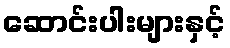
ဆောင်းပါးများနှင့်